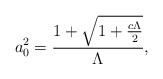
\begin{align*}a_{0}^{2}=\frac{1+\sqrt{1+\frac{c\Lambda }{2}}}{{\Lambda }},\end{align*}